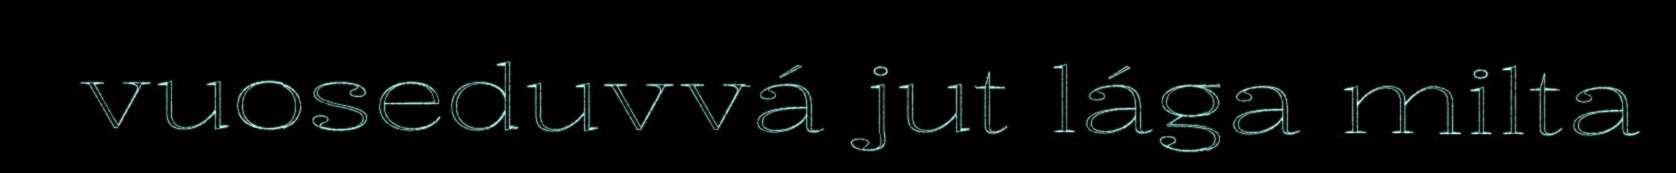
vuoseduvvá jut lága milta